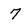
Character: 7